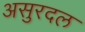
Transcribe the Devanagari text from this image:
असुरदल